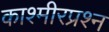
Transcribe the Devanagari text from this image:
काश्‍मीरप्रश्‍न